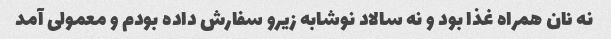
نه نان همراه غذا بود و نه سالاد نوشابه زیرو سفارش داده بودم و معمولی آمد